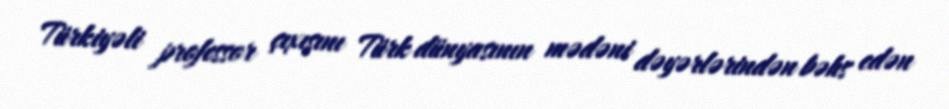
Türkiyəli professor çıxışını Türk dünyasının mədəni dəyərlərindən bəhs edən